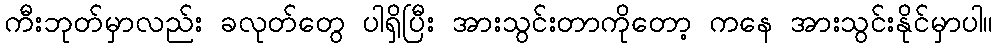
ကီးဘုတ်မှာလည်း ခလုတ်တွေ ပါရှိပြီး အားသွင်းတာကိုတော့ ကနေ အားသွင်းနိုင်မှာပါ။